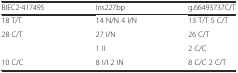
<table><thead><tr><td><b>BIEC2-417495</b></td><td><b>Ins227bp</b></td><td><b>g.66493737C/T</b></td></tr></thead><tbody><tr><td>18 T/T</td><td>14 N/N 4 I/N</td><td>13 T/T 5 C/T</td></tr><tr><td rowspan="2">28 C/T</td><td>27 I/N</td><td>26 C/T</td></tr><tr><td>1 II</td><td>2 C/C</td></tr><tr><td>10 C/C</td><td>8 I/I 2 IN</td><td>8 C/C 2 C/T</td></tr></tbody></table>